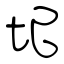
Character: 圮